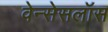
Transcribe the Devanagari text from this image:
वेन्सेसलॉस